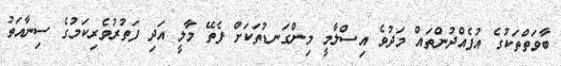
ބާވަތްތަކުގެ އުފެއްދުންތައް މަދުވެ އިސްލާމީ މިންގަނޑުތަކަށް ފެތޭ މާލީ އަދި ފަތުރުވެރިކަމުގެ ސިނާއަތު